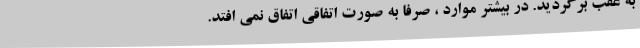
به عقب برگردید. در بیشتر موارد ، صرفا به صورت اتفاقی اتفاق نمی افتد.